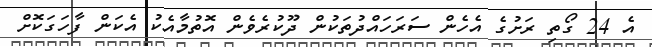
އެ 24 ގޯތި ރަށުގެ އެހެން ސަރަހައްދުތަކުން ދޫކުރެވެން އޮތުމާއެކު އެކަން ފާހަގަކޮށް